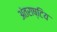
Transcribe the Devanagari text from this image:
अंतराष्टिय